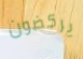
يركضون